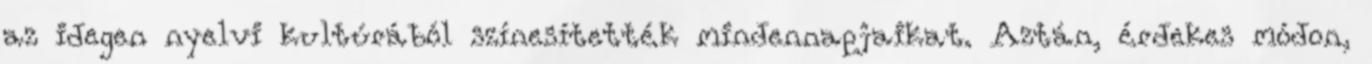
az idegen nyelvi kultúrából színesítették mindennapjaikat. Aztán, érdekes módon,